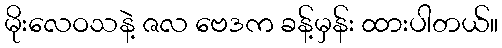
မိုးလေဝသနဲ့ ဇလ ဗေဒက ခန့်မှန်း ထားပါတယ်။